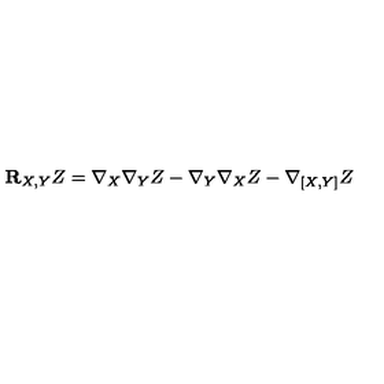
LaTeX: { \bf R } _ { X , Y } Z = \nabla _ { X } \nabla _ { Y } Z - \nabla _ { Y } \nabla _ { X } Z - \nabla { _ { [ X , Y ] } } Z